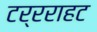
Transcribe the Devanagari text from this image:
टर्रराहट